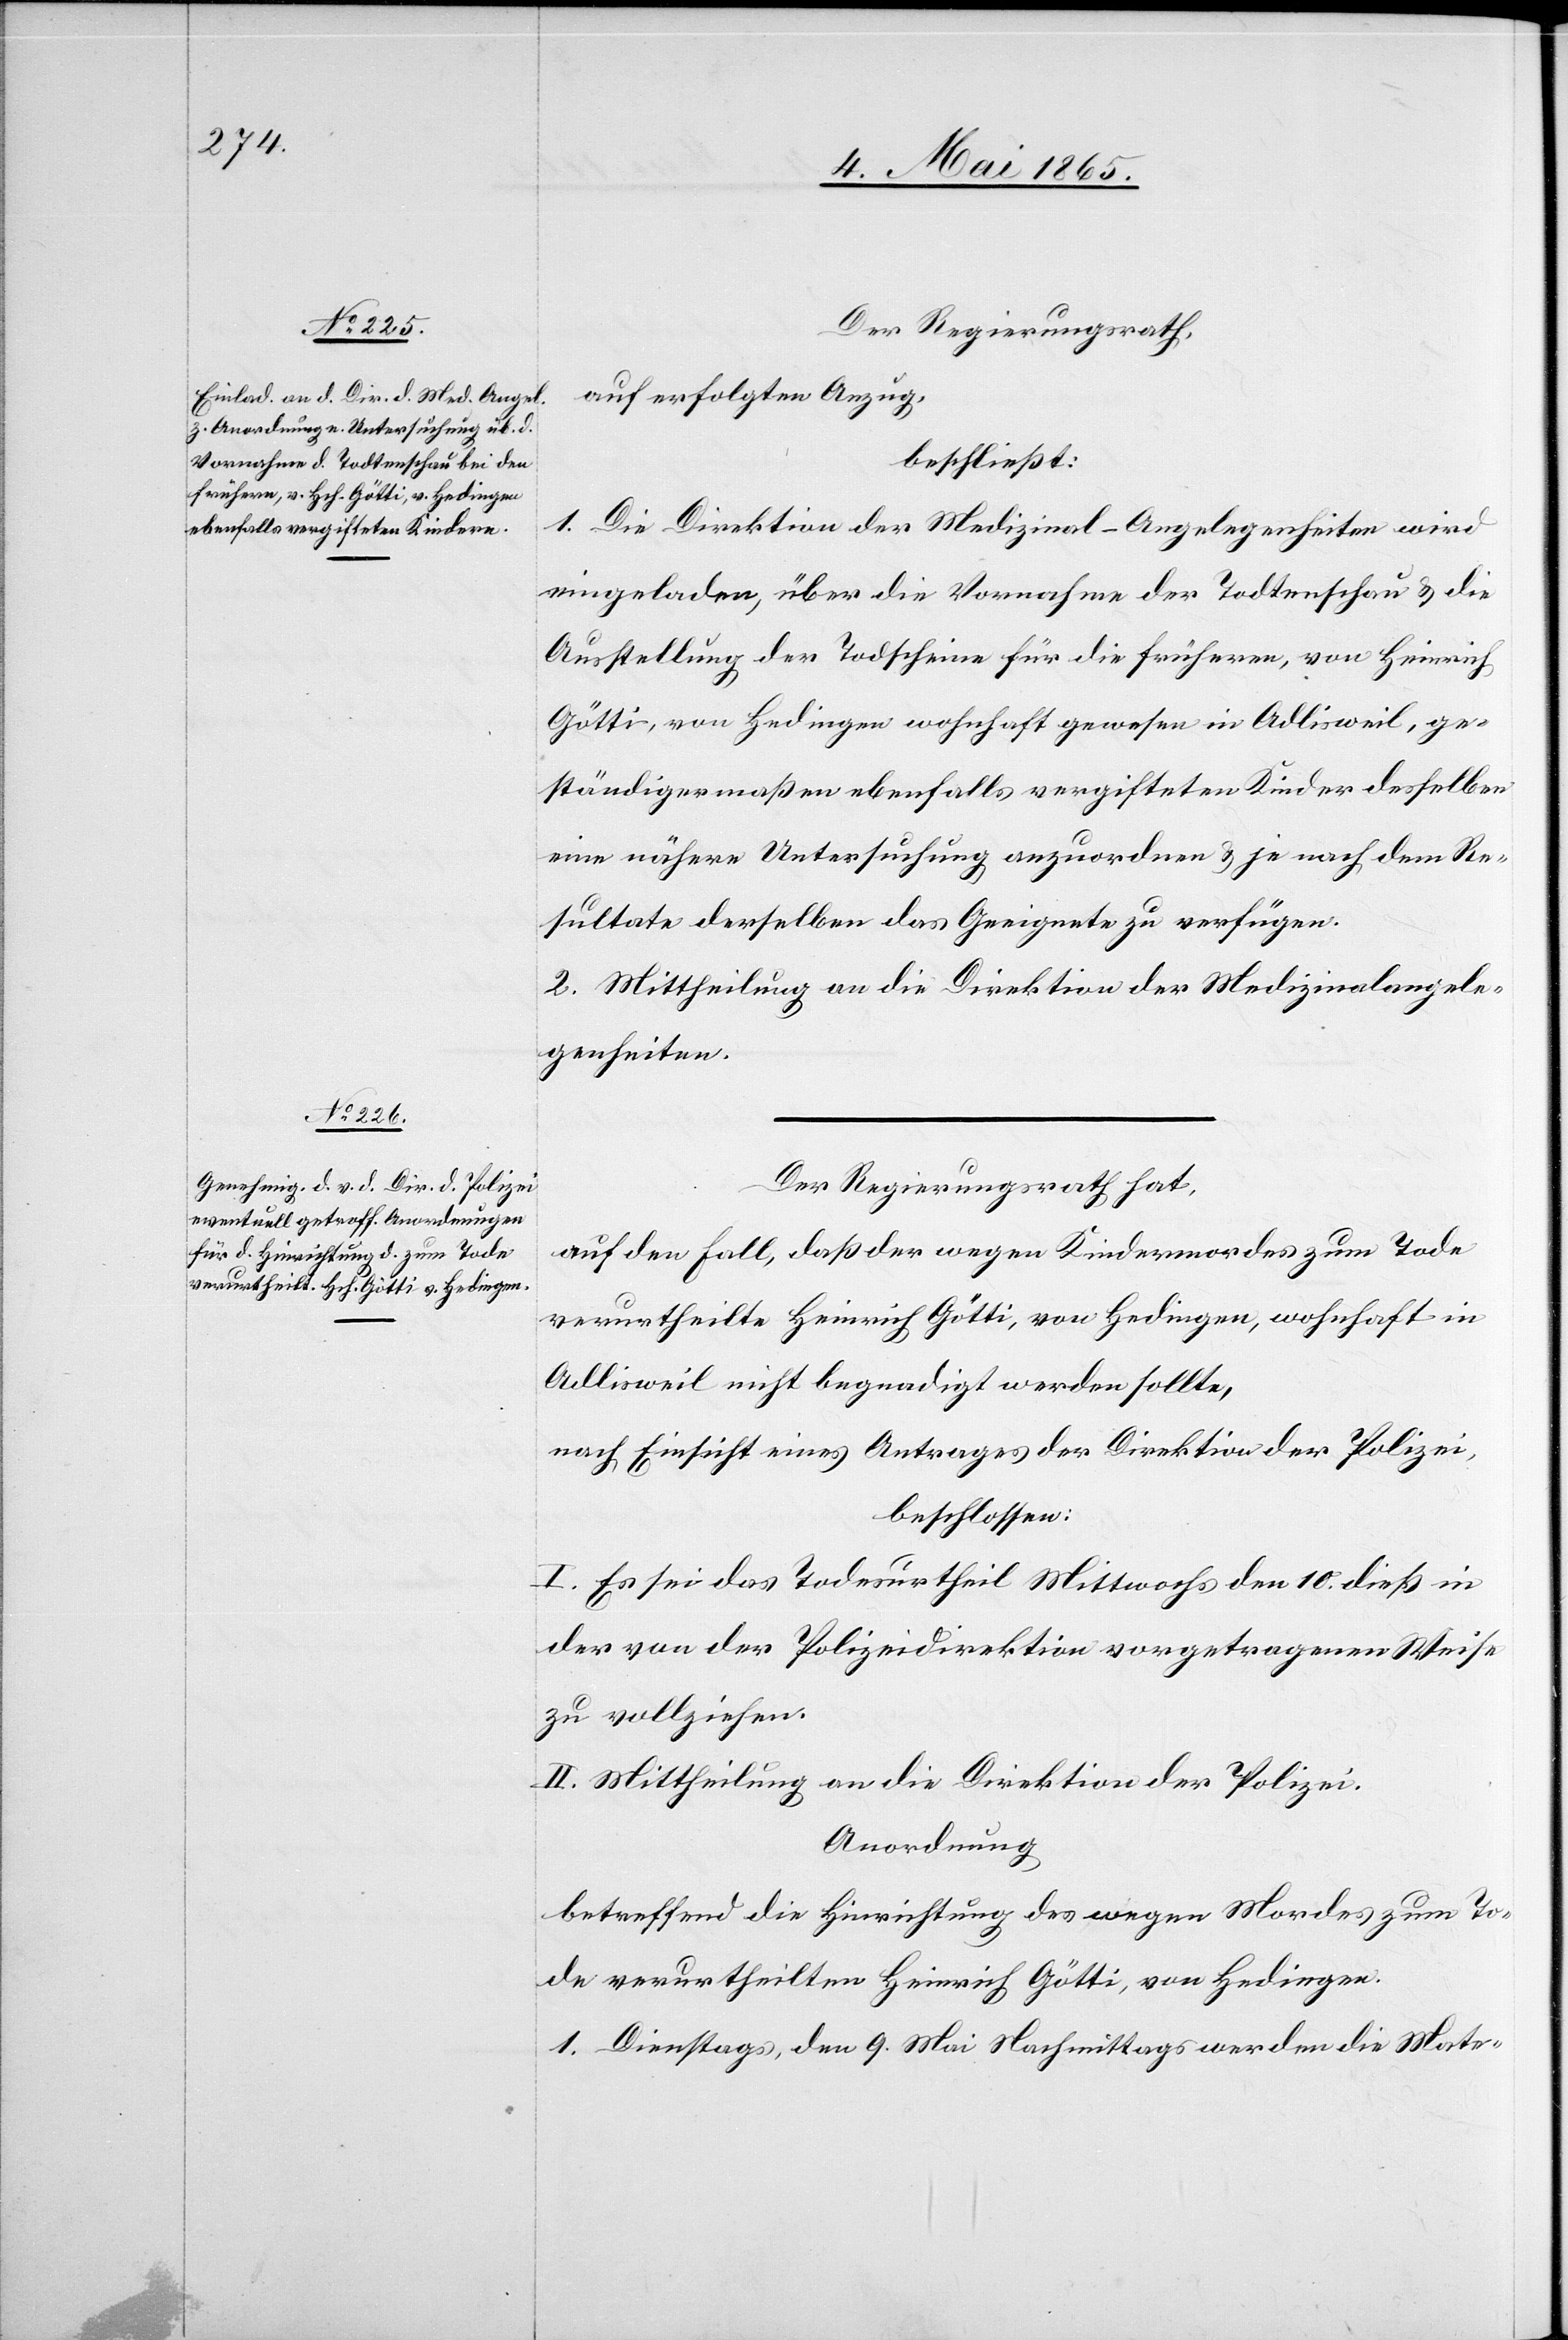
Der Regierungsrath,
auf erfolgten Anzug,
beschließt:
1. Die Direktion der Medizinal-Angelegenheiten wird
eingeladen, über die Vornahme der Todtenschau & die
Ausstellung der Todscheine für die früheren, von Heinrich
Götti, von Hedingen wohnhaft gewesen in Adlisweil, ge¬
ständigermaßen ebenfalls vergifteten Kinder desselben
eine nähere Untersuchung anzuordnen & je nach dem Re¬
sultate derselben das Geeignete zu verfügen.
2. Mittheilung an die Direktion der Medizinalangele¬
genheiten.
Der Regierungsrath hat,
auf den Fall, daß der wegen Kindermordes zum Tode
verurtheilte Heinrich Götti, von Hedingen, wohnhaft in
Adlisweil nicht begnadigt werden sollte,
nach Einsicht eines Antrages der Direktion der Polizei,
beschlossen:
I. Es sei das Todesurtheil Mittwochs den 10. dieß in
der von der Polizeidirektion vorgetragenen Weise
zu vollziehen.
II. Mittheilung an die Direktion der Polizei.
Anordnung
betreffend die Hinrichtung des wegen Mordes zum To¬
de verurtheilten Heinrich Götti, von Hedingen.
1. Dienstags, den 9. Mai Nachmittags werden die Mate-